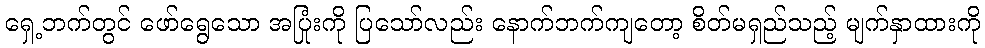
ရှေ့ဘက်တွင် ဖော်ရွေသော အပြုံးကို ပြသော်လည်း နောက်ဘက်ကျတော့ စိတ်မရှည်သည့် မျက်နှာထားကို